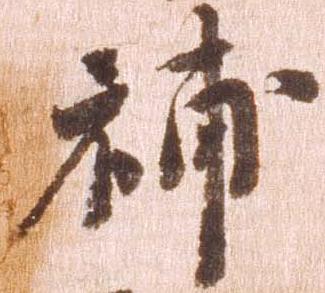
補